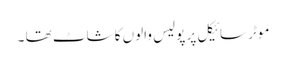
موٹر سائیکل پر پولیس والوں کا شاٹ تھا ۔